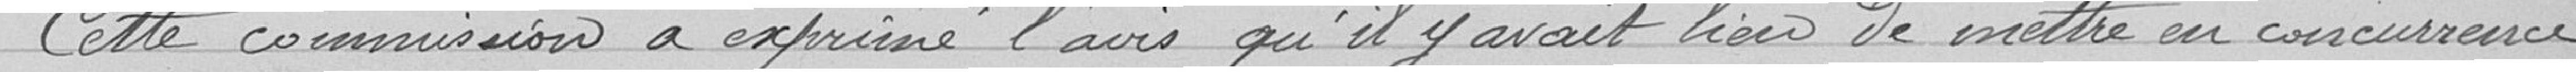
Cette commission a exprimé l'avis qu'il y avait lieu de mettre en concurrence